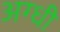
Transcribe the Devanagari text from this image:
अग्धी